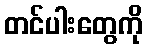
တင်ပါးတွေကို